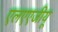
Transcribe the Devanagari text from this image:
एलएएजीयू